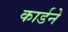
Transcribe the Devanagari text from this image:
कार्डने